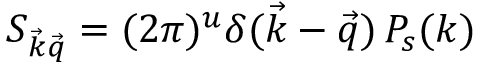
S _ { { \vec { k } } { \vec { q } } } = ( 2 \pi ) ^ { u } \delta ( { \vec { k } } - { \vec { q } } ) \, P _ { s } ( k )